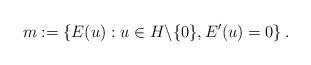
LaTeX: \begin{align*} m:=\left\{E(u) : u \in H\backslash\{0\}, E^\prime(u)=0\right\}.\end{align*}